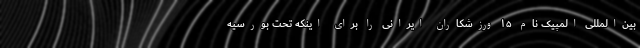
بین‌المللی المپیک نام ۱۵ ورزشکاران ایرانی را برای اینکه تحت بورسیه